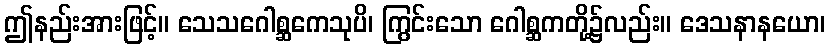
ဤနည်းအားဖြင့်။ သေသဂေါစ္ဆကေသုပိ၊ ကြွင်းသော ဂေါစ္ဆကတို့၌လည်း။ ဒေသနာနယော၊